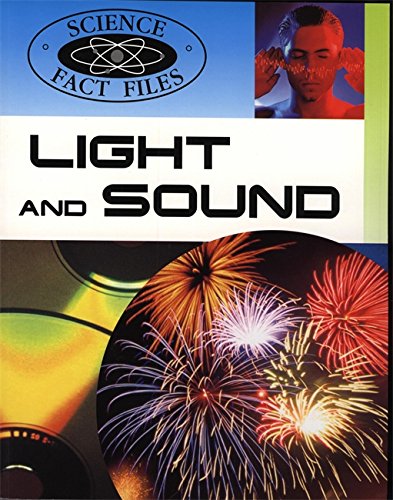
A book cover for Light and Sound (Science Fact Files); Steve Parker; Children's Books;